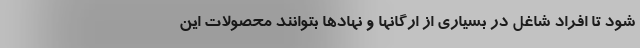
شود تا افراد شاغل در بسیاری از ارگانها و نهادها بتوانند محصولات این